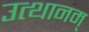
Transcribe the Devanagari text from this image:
उत्थानम्